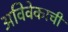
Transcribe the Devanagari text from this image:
अविवेकाची